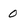
Character: 0